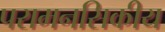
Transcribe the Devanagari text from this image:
परामनसिकीय